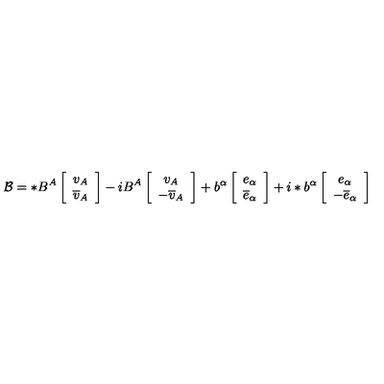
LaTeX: \mathcal { B } = * B ^ { A } \left[ \begin{array} { c } { v _ { A } } \\ { \overline { { v } } _ { A } } \\ \end{array} \right] - i B ^ { A } \left[ \begin{array} { c } { v _ { A } } \\ { - \overline { { v } } _ { A } } \\ \end{array} \right] + b ^ { \alpha } \left[ \begin{array} { c } { e _ { \alpha } } \\ { \overline { { e } } _ { \alpha } } \\ \end{array} \right] + i * b ^ { \alpha } \left[ \begin{array} { c } { e _ { \alpha } } \\ { - \overline { { e } } _ { \alpha } } \\ \end{array} \right]